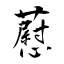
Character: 藯